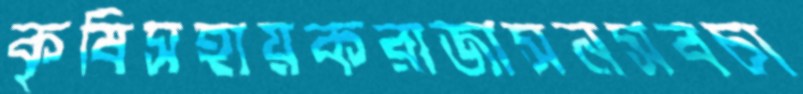
কৃষিসহায়করাজাসনসবচা